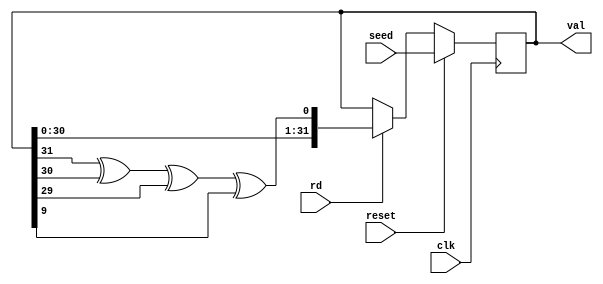
///////////////////////////////////////////////////////////////////////////////
// $Id: lfsr32.v 1887 2007-06-19 21:33:32Z grg $
//
// Module: lfsr32.v
// Project: NetFPGA
// Description: 32-bit pseudo-random number generator
//
///////////////////////////////////////////////////////////////////////////////

module lfsr32
(
      // Note: indexing is "weird" (32 -> 1) because this is how
      // LFSRs are usually specified.
      output reg [32:1] val,

      input rd,      // Read a value

      input [32:1] seed,

      input reset,
      input clk
);

reg [32:1] prev_val;

always @(posedge clk)
begin
   if (reset)
      val <= seed;
   else if (rd)
      val <= {val[31:1], val[32] ^ val[31] ^ val[30] ^ val[10]};

   prev_val <= val;
end

endmodule

/* vim:set shiftwidth=3 softtabstop=3 expandtab: */